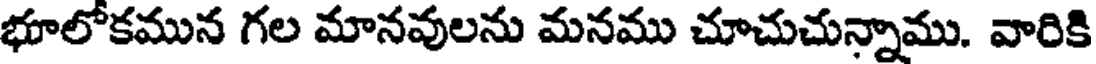
భూలోకమున గల మానవులను మనము చూచుచున్నాము. వారికి